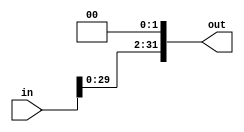
`timescale 1ns / 1ps
//////////////////////////////////////////////////////////////////////////////////
// Company: 
// Engineer: 
// 
// Design Name: 
// Module Name: SHL2_2
// Project Name: 
// Target Devices: 
// Tool Versions: 
// Description: 
// 
// Dependencies: 
// 
// Revision:
// Revision 0.01 - File Created
// Additional Comments:
// 
//////////////////////////////////////////////////////////////////////////////////


module SHL2_2(
    in,out
    );
    input [31:0] in;
    output [31:0] out;
    assign out=in<<2;
endmodule